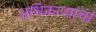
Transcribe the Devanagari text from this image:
अधिकार्‍यांचा